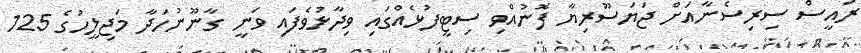
ރައީސް ސިރިސެނާއަށް ޖަޔަސޫރިޔާ ފޮނުއްވި ސިޓީފުޅެއްގައި ވިދާޅުވެފައި ވަނީ ގާނޫނުހަދާ މަޖިލީހުގެ 125